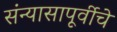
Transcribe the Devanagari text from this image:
संन्यासापूर्वीचे